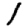
Digit: 1